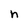
Character: h